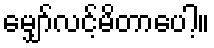
မျှော်လင့်မိတာပေါ့။